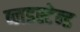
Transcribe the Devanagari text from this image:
ब्लडस्टेन्ड